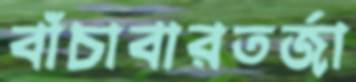
বাঁচাবারতর্জা